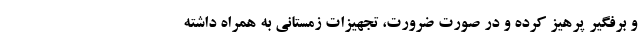
و برفگیر پرهیز کرده و در صورت ضرورت، تجهیزات زمستانی به همراه داشته